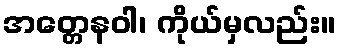
အတ္တေနဝါ၊ ကိုယ်မှလည်း။